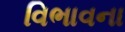
વિભાવના